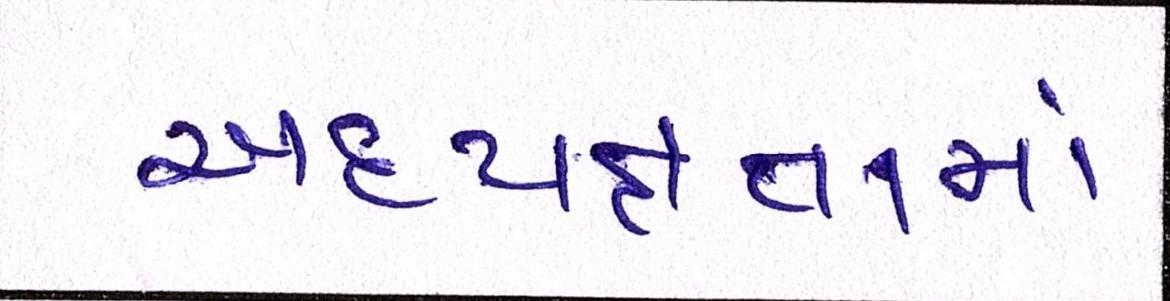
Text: અધ્યક્ષતામાં